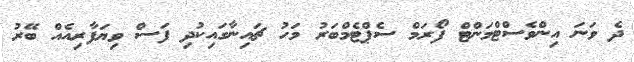
ދެ ވަނަ އިންވެސްޓްމަންޓް ފޯރަމް ސެޕްޓެމްބަރު މަހު ޗައިނާގައިކުދި ފަސް ވިޔަފާރިއެއް ބޭރު